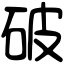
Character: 破